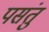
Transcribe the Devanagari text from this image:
पसंतु